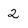
Character: 2